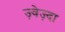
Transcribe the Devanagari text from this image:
ज़्वेज़्दा